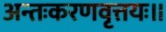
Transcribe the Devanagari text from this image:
अन्तःकरणवृत्तयः॥